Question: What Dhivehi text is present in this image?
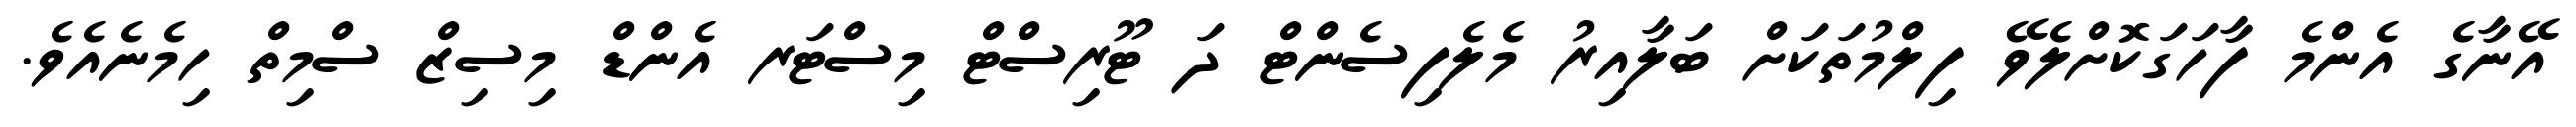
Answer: އޭނާގެ އެންމެ ފާހަގަކޮށްލެވޭ ފިލްމުތަކަށް ބަލާއިރު މެލެފިސެންޓް ދަ ޓޫރިސްޓް މިސްޓަރ އެންޑް މިސިޒް ސްމިތް ހިމެނެއެވެ.